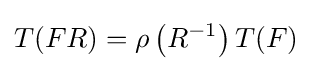
T(FR)=\rho \left(R^{-1}\right)T(F)